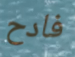
فادح